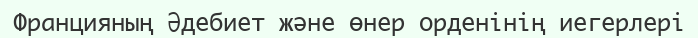
Францияның Әдебиет және өнер орденінің иегерлері